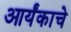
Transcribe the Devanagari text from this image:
आर्यंकाचे